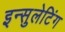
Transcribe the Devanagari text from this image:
इन्सुलेटिंग